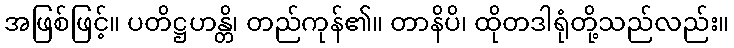
အဖြစ်ဖြင့်။ ပတိဋ္ဌဟန္တိ၊ တည်ကုန်၏။ တာနိပိ၊ ထိုတဒါရုံတို့သည်လည်း။